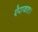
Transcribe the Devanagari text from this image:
ऐरावत।